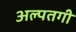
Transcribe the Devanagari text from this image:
अल्पतगी